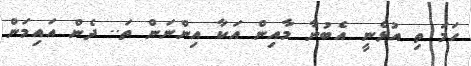
ހަމަ ތި އުޅެނީ އެބުނާ މާއިން އަކާ އިންނަން ތަ.. ދެން އައިމަން